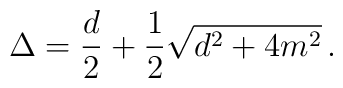
\Delta=\frac{d}{2}+\frac{1}{2}\sqrt{d^2+4m^2} \, .